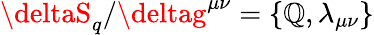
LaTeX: \deltaS_{q}/\deltag^{\mu\nu}=\{ \mathbb{Q},\lambda_{\mu\nu}\}